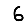
Digit: 6